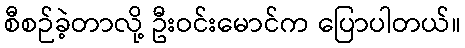
စီစဉ်ခဲ့တာလို့ ဦးဝင်းမောင်က ပြောပါတယ်။